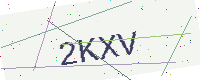
Text: 2KXV